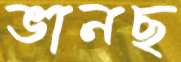
ভানছ